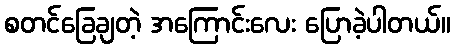
စတင်ခြေချတဲ့ အကြောင်းလေး ပြောခဲ့ပါတယ်။